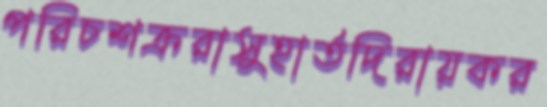
পরিচশক্ররাসুহার্তদিরায়কর